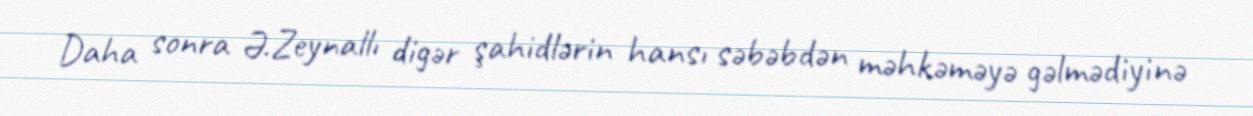
Daha sonra Ə.Zeynallı digər şahidlərin hansı səbəbdən məhkəməyə gəlmədiyinə